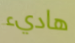
هاديء